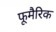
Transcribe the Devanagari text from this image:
फूमैरिक